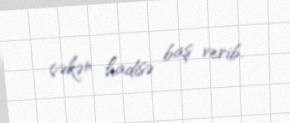
çəkən hadisə baş verib.